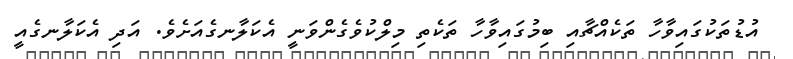
އުޑުތަކުގައިވާހާ ތަކެއްޗާއި ބިމުގައިވާހާ ތަކެތި މިލްކުވެގެންވަނީ އެކަލާނގެއަށެވެ. އަދި އެކަލާނގެއީ